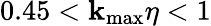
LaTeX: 0.45<\mathbf{k}_{\operatorname*{max}}\eta<1